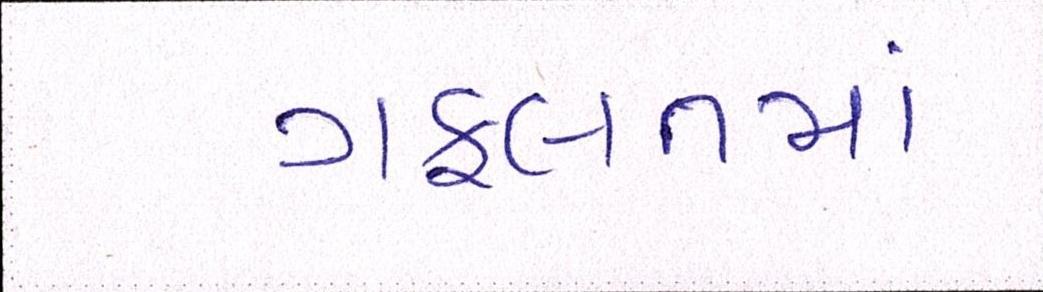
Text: ગફલતમાં